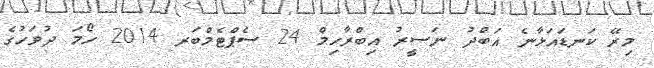
މިރޭ ކަނޑައަޅާނެ އަބްދު ނަސީރު އިބްރާހިމް 24 ސެޕްޓެމްބަރ 2014 ހޯމަ ދުވަހުގެ